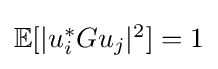
{\textstyle \mathbb {E} [|u_{i}^{*}Gu_{j}|^{2}]=1}